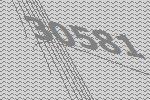
30581